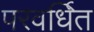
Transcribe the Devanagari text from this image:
परवर्धित